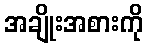
အချိုးအစားကို